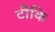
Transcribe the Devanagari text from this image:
टौकि